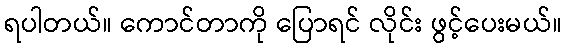
ရပါတယ်။ ကောင်တာကို ပြောရင် လိုင်း ဖွင့်ပေးမယ်။